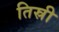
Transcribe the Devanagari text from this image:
तिस्री